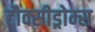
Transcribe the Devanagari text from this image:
टौक्सीड्रोम्स